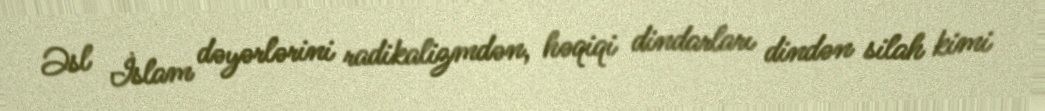
Əsl İslam dəyərlərini radikalizmdən, həqiqi dindarları dindən silah kimi